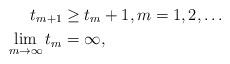
LaTeX: \begin{align*}t_{m+1} & \ge t_{m} +1, m=1,2,\ldots \\\mathop{\lim }\limits_{m\to \infty } t_{m}& =\infty, \end{align*}